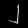
Digit: ၂